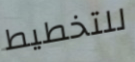
للتخطيط